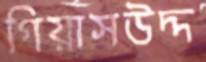
গিয়াসউদ্দ